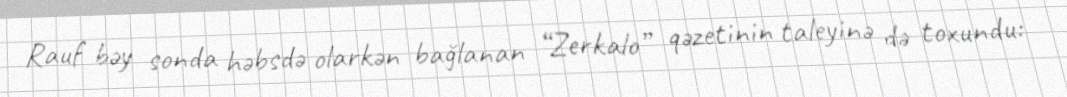
Rauf bəy sonda həbsdə olarkən bağlanan “Zerkalo” qəzetinin taleyinə də toxundu: